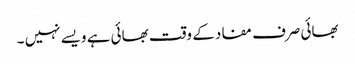
بھائی صرف مفاد کے وقت بھائی ہے ویسے نہیں ۔